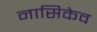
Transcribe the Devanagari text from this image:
नासिकेव